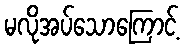
မလိုအပ်သောကြောင့်